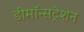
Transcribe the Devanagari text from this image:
डीमॉन्सट्रेशन